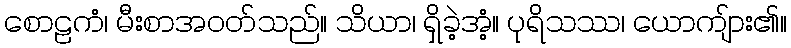
စောဠကံ၊ မီးစာအဝတ်သည်။ သိယာ၊ ရှိခဲ့အံ့။ ပုရိသဿ၊ ယောကျ်ား၏။